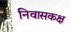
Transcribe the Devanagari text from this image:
निवासकक्ष